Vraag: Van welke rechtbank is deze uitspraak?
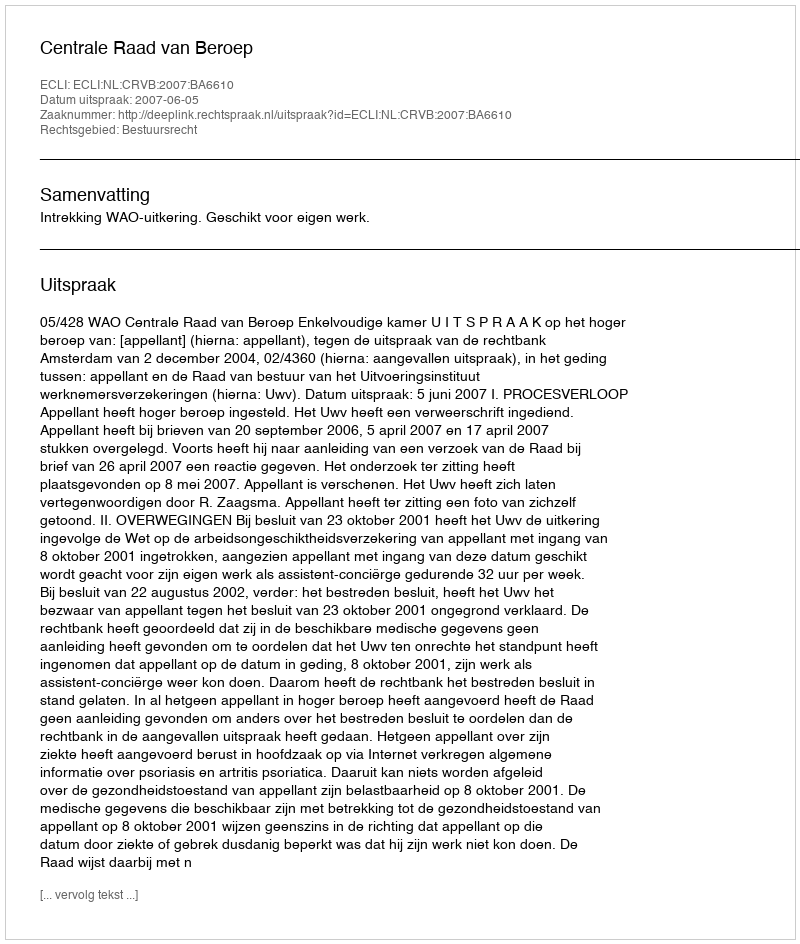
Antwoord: Centrale Raad van Beroep